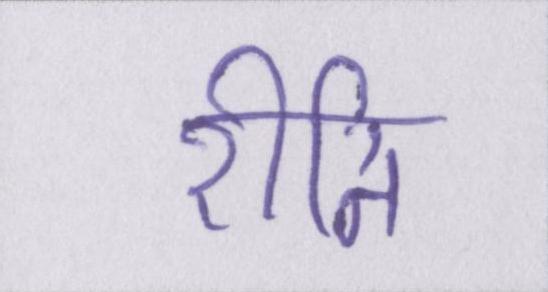
रीति